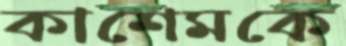
কাশেমকে